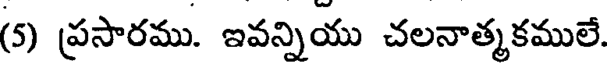
(5) ప్రసారము. ఇవన్నియు చలనాత్మకములే.